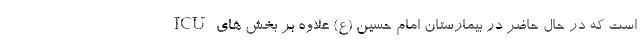
است که در حال حاضر در بیمارستان امام حسین (ع) علاوه بر بخش های ICU